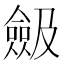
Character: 𠐖